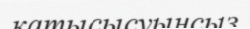
қатысысуынсыз